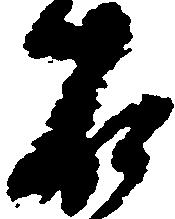
右